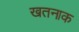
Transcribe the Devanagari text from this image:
खतनाक